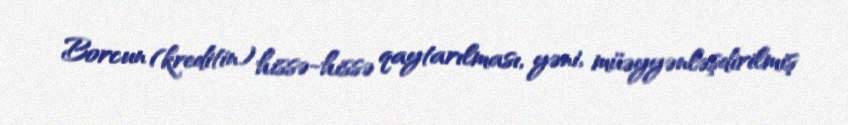
Borcun (kreditin) hissə-hissə qaytarılması, yəni, müəyyənləşdirilmiş